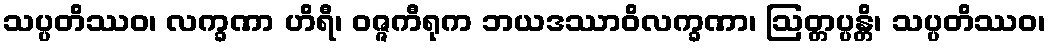
သပ္ပတိဿဝ၊ လက္ခဏာ ဟိရီ၊ ဝဇ္ဇကီရုက ဘယဒဿာဝိလက္ခဏာ၊ ဩတ္တပ္ပန္တိ၊ သပ္ပတိဿဝ၊